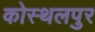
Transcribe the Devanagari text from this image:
कोस्थलपुर